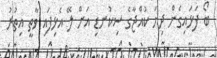
ބޯ ފަޅައިގެން ދިޔަ ކުއްޖާގެ ސިކުނޑި އަށް ލޭ އެޅިފައި ވާތީ އިތުރު